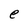
Character: e